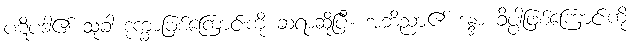
ပဋိပဒါ၏ သုခါ ဒုက္ခာဖြစ်ကြောင်းကို ဆရာဆိုပြီ။ အဘိညာ၏ ဒန္ဒာ ခိပ္ပါဖြစ်ကြောင်းကို